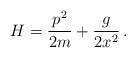
\begin{align*}H= {p^2\over 2m} + {g\over 2x^2}\,.\end{align*}